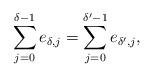
LaTeX: \begin{align*}\sum_{j=0}^{\delta-1} e_{\delta,j} = \sum_{j=0}^{\delta'-1} e_{\delta',j},\end{align*}